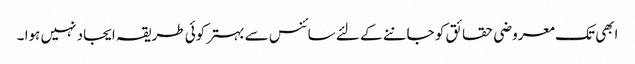
ابھی تک معروضی حقائق کو جاننے کے لئے سائنس سے بہتر کوئی طریقہ ایجاد نہیں ہوا ۔